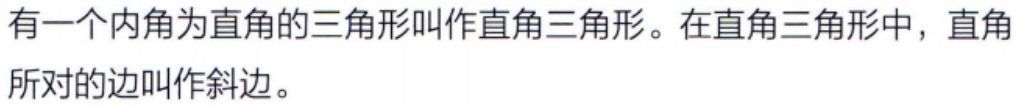
有一个内角为直角的三角形叫作直角三角形。在直角三角形中，直角所对的边叫作斜边。